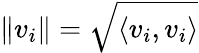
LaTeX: \| v_{i}\| =\sqrt{\langle v_{i},v_{i}\rangle}